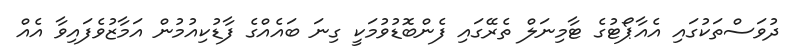
ދުވަސްތަކުގައި އެއާޕޯޓުގެ ޓާމިނަލް ތެރޭގައި ފެންބޮޑުވުމަކީ ގިނަ ބައެއްގެ ފާޑުކިއުމުން އަމާޒުވެފައިވާ އެއް